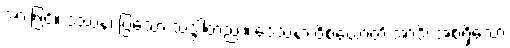
အားဖြင့်။ ဒဿနံ၊ ပြသော သဒ္ဒါတည်း။ ဒေသနာ ဝိစယောတိ အာဒိ၊ အစရှိသော